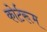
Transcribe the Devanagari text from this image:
कोर्टरूम